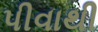
પીવાથી